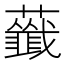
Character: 𧃖